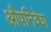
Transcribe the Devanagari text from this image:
औपनिवेश